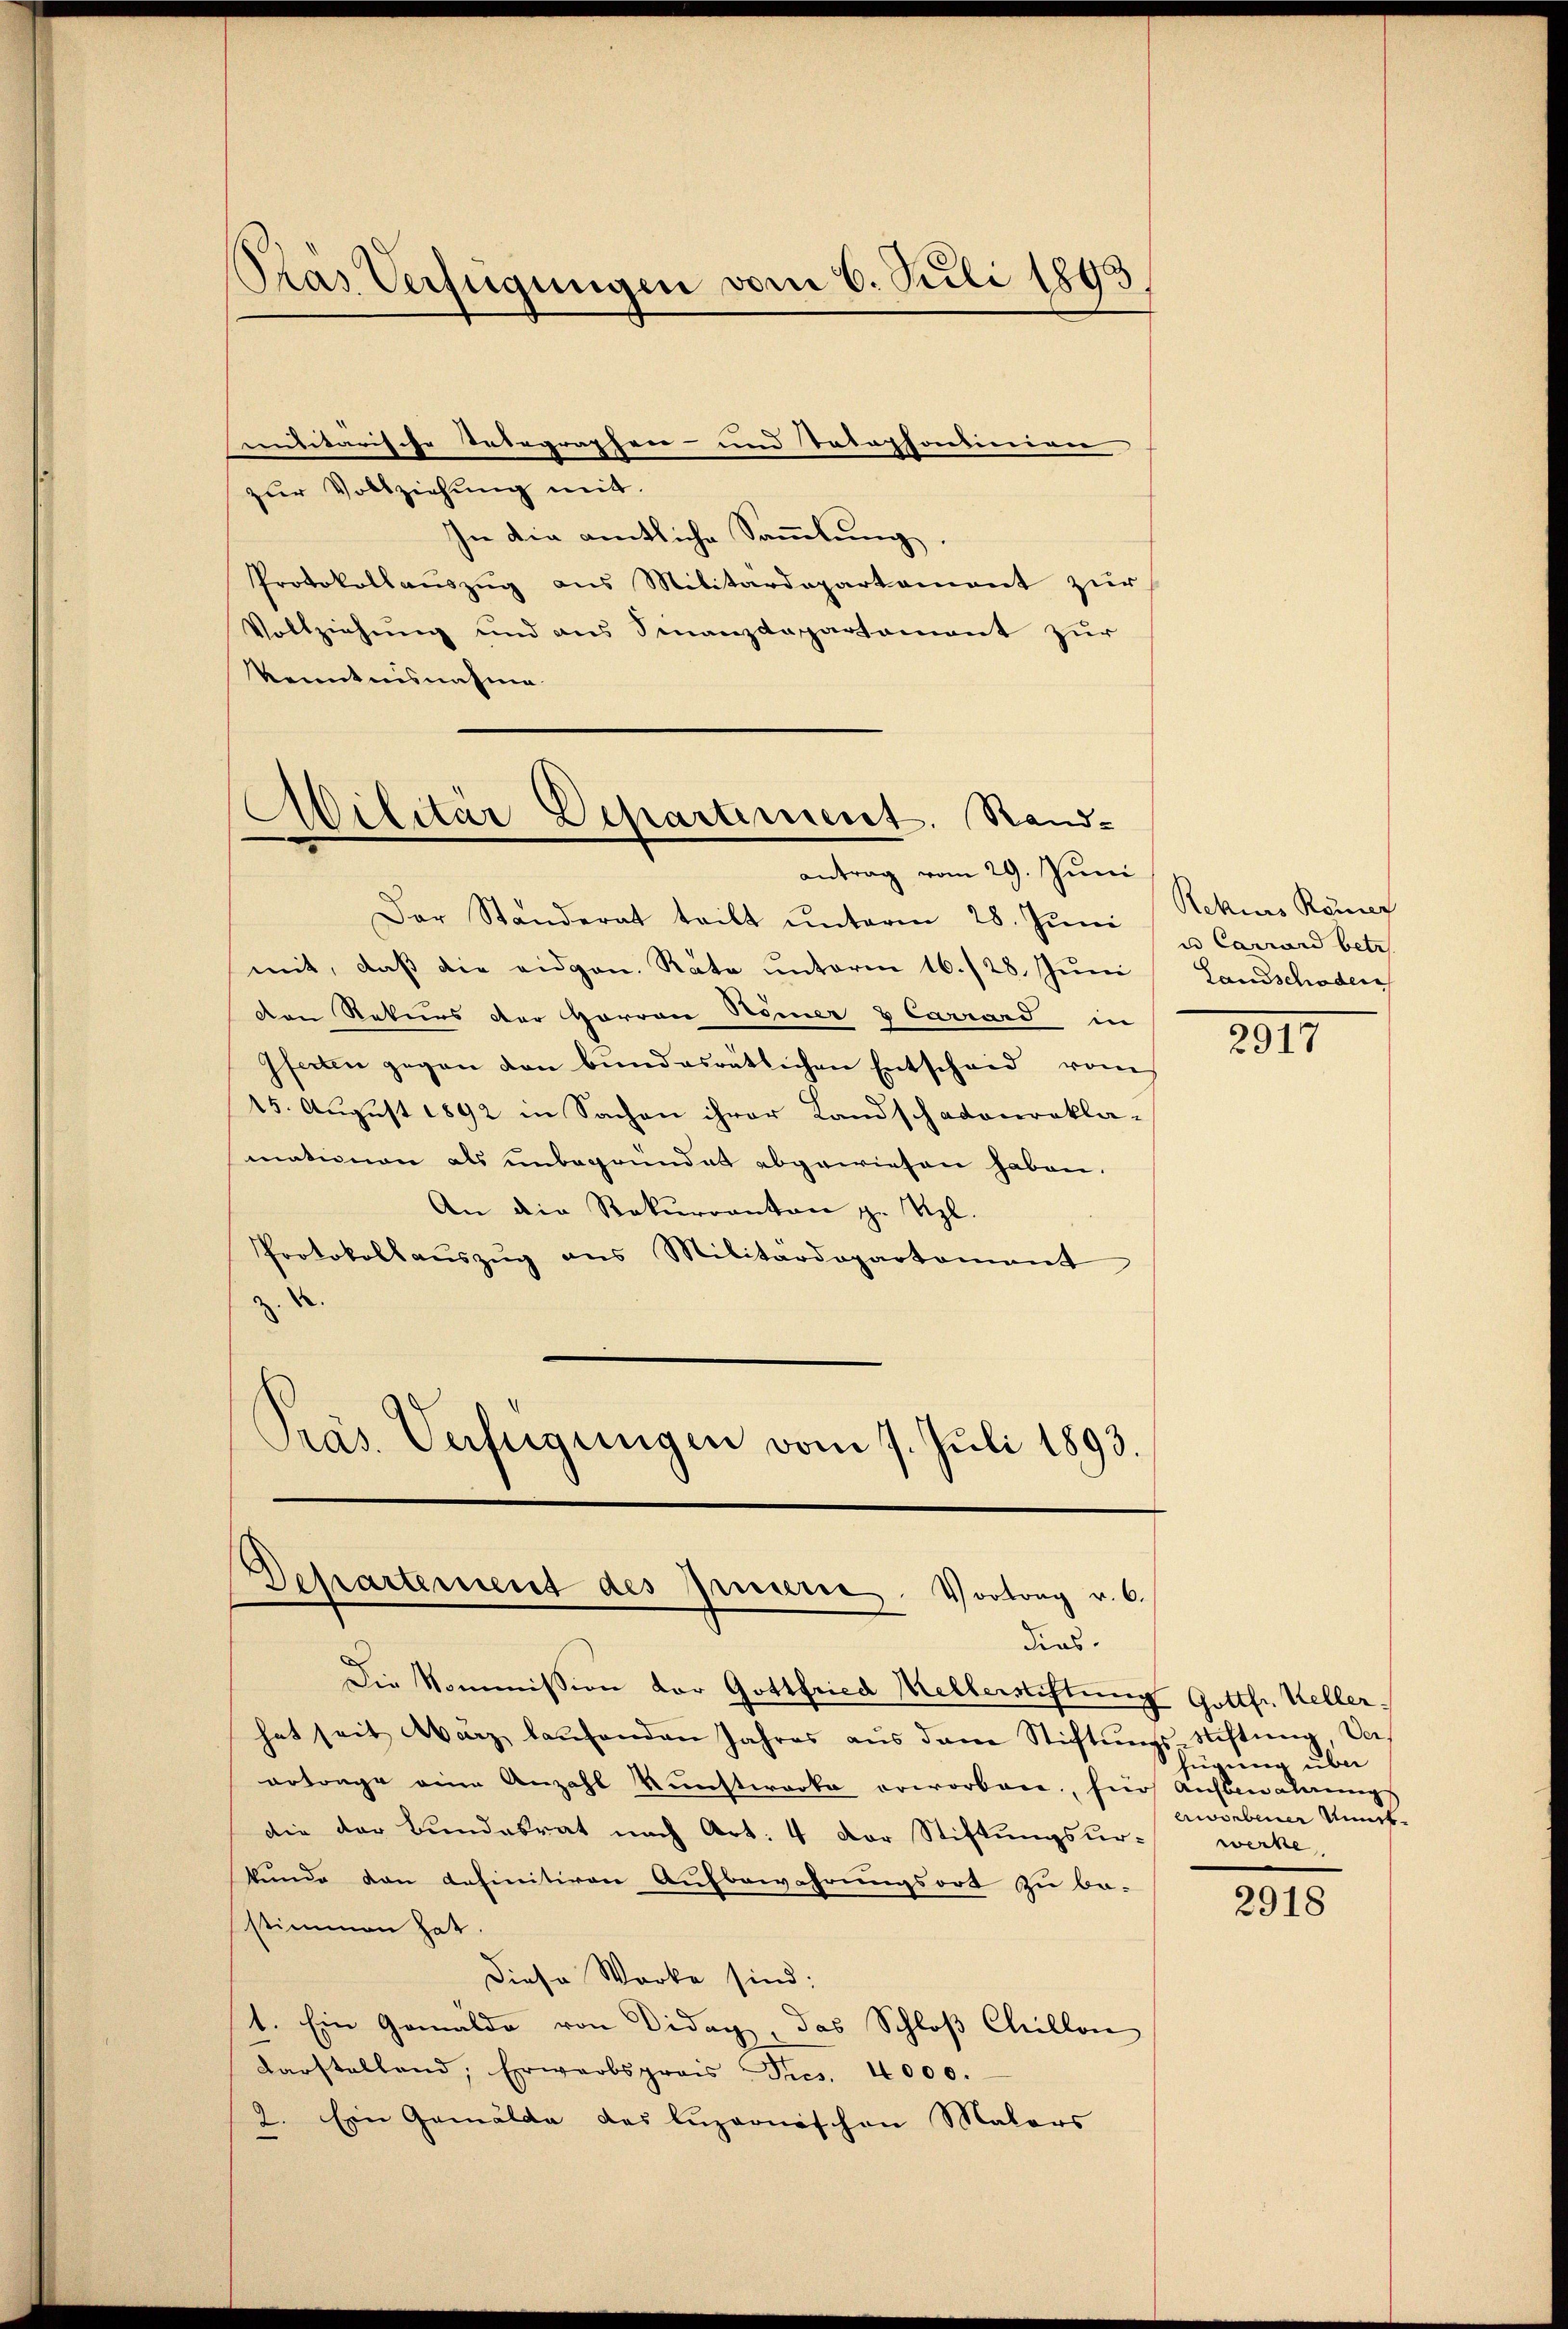
Pras Verfügungen vom 6. Juli 1843

militärische Telegraphen- und Totophordinien
zŭr Vollziehung mit.
In die amtliche Sammlung.
Protokollauszug aus Militärdepartement zur
Vollziehung und aus Finanzdaparsament zur
Kenntnisnahme

Militär Departement. Rand-

antrag vom 29. Juni
Der Ständerat teilt ŭnterm 28. Jŭni u Carrard betr.
mit, daß die eidgen. Rate unterm 16./28. Juni
den Rekurs der Harron Römer & Carrard in
Iferten gegen den bundesrätlichen Entscheid vom
15. August 1892 in Sachen ihrer Landschadenrekla-
mationen als unbegründet abgewiesen haben.
An die Rekurranton g. Vgl.
Protokollaŭszŭg ans Militärdepartement
z. u.
Präs. Verfügungen vom 7. Juli 1893.

Departement des Innere Vortrag v. 6.
dias.

Die Kommission vor Gottfried Kellerstiftung Gottfr. Keller,
hat seit März laŭfenden Jahres aŭs dem Stiftŭngs-Stiftung, Vaertrage eine Anzahl Kunstwerke erworben, für Aufbewaltungs
die der Bundesrat nach Art. 4 der Stiftungsurkunde dan definitiven Aufbewahrungsort zu be-
stimmen hat.
Diese Werke sind;
1. Ein Gemälde von Didag, das Schloß Chillon
Darstellend, Erwarbspreis Pics. 4000.
2. Ein Gemälde das Luzernischen Malers

Rekurs Römer
Landschaden

2911

fügung über
erworbener Unmitwerke

2918